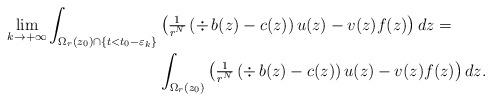
LaTeX: \begin{align*} \lim_{k \to + \infty} \int_{\Omega_r(z_0) \cap \left\{ t<t_0-\varepsilon_k \right\}} &\left( \tfrac{1}{r^N} \left( \div \, b(z) - c(z) \right) u(z) - v(z) f(z)\right) dz = \\& \int_{\Omega_r(z_0)} \left( \tfrac{1}{r^N} \left( \div \, b(z) - c(z) \right) u(z) - v(z) f(z)\right) dz.\end{align*}